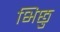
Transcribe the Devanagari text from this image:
भिछु